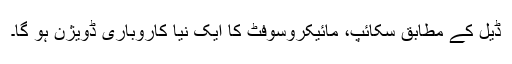
ڈیل کے مطابق سکائپ، مائیکروسوفٹ کا ایک نیا کاروباری ڈویژن ہو گا۔